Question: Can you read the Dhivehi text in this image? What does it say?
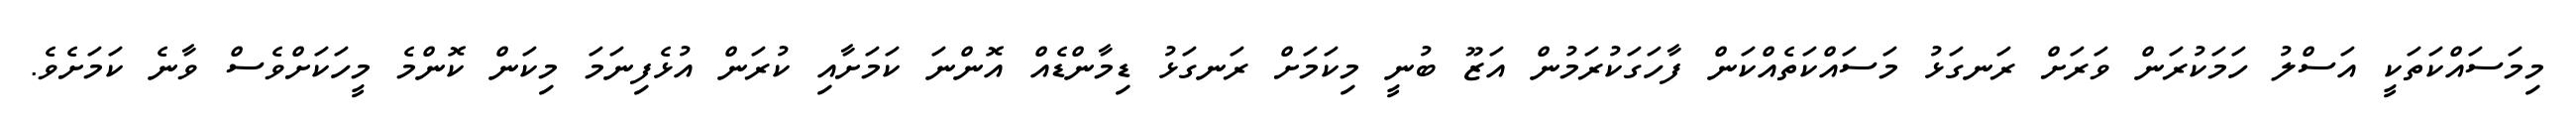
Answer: މިމަސައްކަތަކީ އަސްލު ހަމަކުރަން ވަރަށް ރަނގަޅު މަސައްކަތެއްކަން ފާހަގަކުރަމުން އަޒޫ ބުނީ މިކަމަށް ރަނގަޅު ޑިމާންޑެއް އޮންނަ ކަމަށާއި ކުރަން އުޅެފިނަމަ މިކަން ކޮންމެ މީހަކަށްވެސް ވާނެ ކަމަށެވެ.